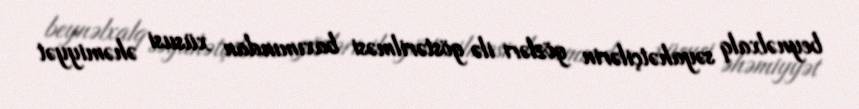
beynəlxalq səyahətçilərin gözləri ilə göstərilməsi baxımından xüsusi əhəmiyyət